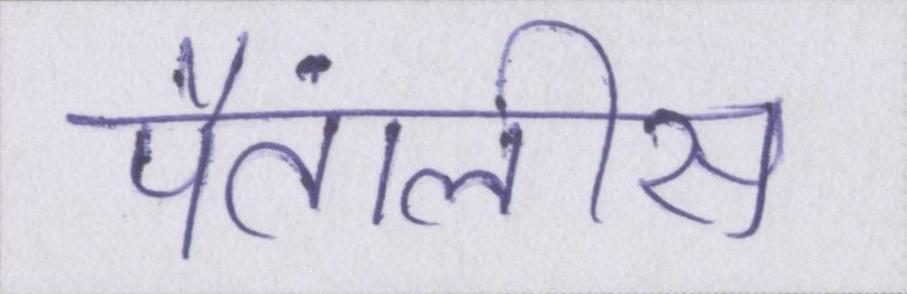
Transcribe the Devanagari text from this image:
पैंतालीस